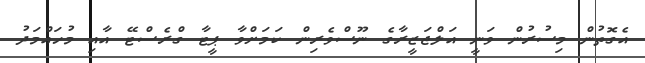
އެގޮތުން މިސުރުން ވަނީ އަލްޖަޒީރާގެ ނޫސްވެރިން ކަމަށްވާ ޕީޓާ ގްރެސްޓޭ އާއި މުހައްމަދު